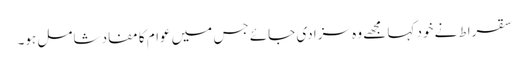
سقراط نے خود کہا مجھے وہ سزا دی جائے جس میں عوام کا مفاد شامل ہو۔